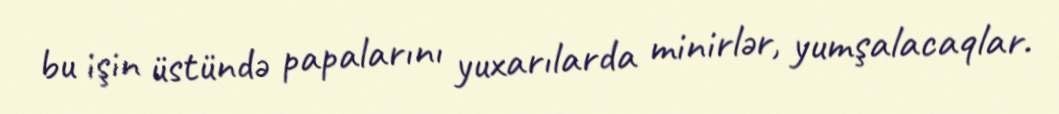
bu işin üstündə papalarını yuxarılarda minirlər, yumşalacaqlar.